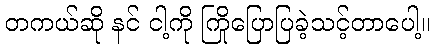
တကယ်ဆို နင် ငါ့ကို ကြိုပြောပြခဲ့သင့်တာပေါ့။